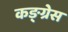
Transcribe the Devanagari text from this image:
कङ्ग्रेस